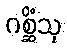
ဂစ္ဆိံသု